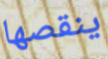
ينقصها